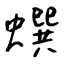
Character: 蟤